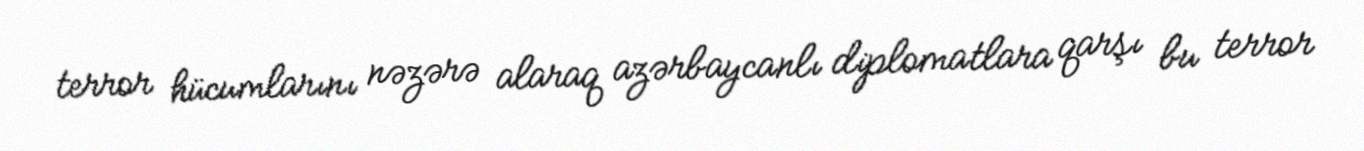
terror hücumlarını nəzərə alaraq azərbaycanlı diplomatlara qarşı bu terror